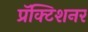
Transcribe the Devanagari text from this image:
प्रॅक्टिशनर